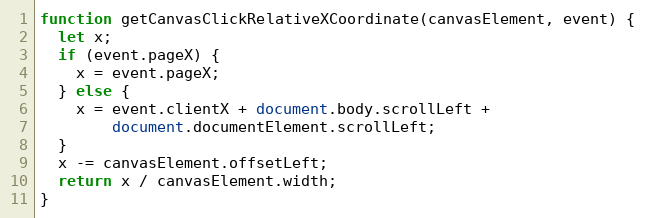
Language: JavaScript
function getCanvasClickRelativeXCoordinate(canvasElement, event) {
  let x;
  if (event.pageX) {
    x = event.pageX;
  } else {
    x = event.clientX + document.body.scrollLeft +
        document.documentElement.scrollLeft;
  }
  x -= canvasElement.offsetLeft;
  return x / canvasElement.width;
}